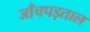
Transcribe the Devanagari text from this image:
जाँचपड़ताल